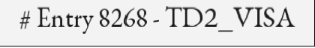
# Entry 8268 - TD2_VISA